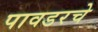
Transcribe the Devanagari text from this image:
पावडरचे